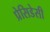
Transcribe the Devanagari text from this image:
प्रेसिडेसी